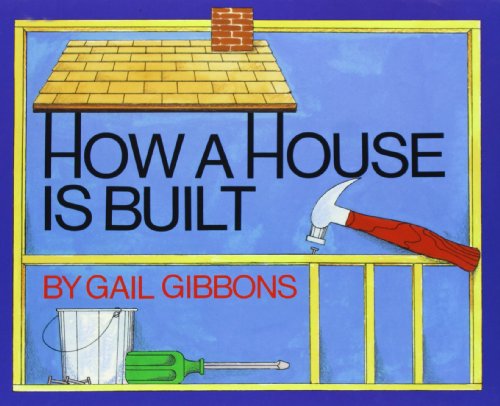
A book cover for How a House Is Built; Gail Gibbons; Children's Books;